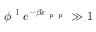
\phi ^ { \mathrm { ~ l ~ } } e ^ { - \beta \epsilon _ { \mathrm { ~ p ~ p ~ } } } \gg 1